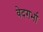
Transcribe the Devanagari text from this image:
वेदगर्भा